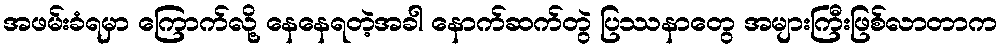
အဖမ်းခံရမှာ ကြောက်လို့ နေနေရတဲ့အခါ နောက်ဆက်တွဲ ပြဿနာတွေ အများကြီးဖြစ်လာတာက